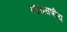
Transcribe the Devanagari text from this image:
नारायणीय